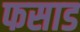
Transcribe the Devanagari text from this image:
फसाड